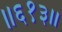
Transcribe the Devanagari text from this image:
॥६१३॥